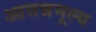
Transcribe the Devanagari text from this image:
आसन्नमूल्य